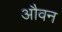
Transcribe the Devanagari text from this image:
औवन